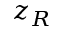
z _ { R }